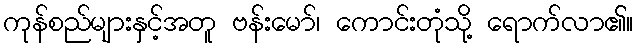
ကုန်စည်များနှင့်အတူ ဗန်းမော်၊ ကောင်းတုံသို့ ရောက်လာ၏။